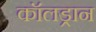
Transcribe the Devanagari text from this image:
कॉलड्रान